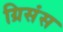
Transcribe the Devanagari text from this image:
ग्रिसंस